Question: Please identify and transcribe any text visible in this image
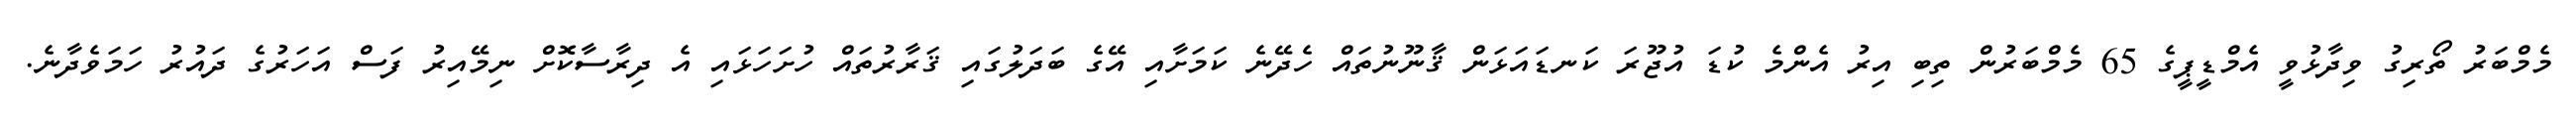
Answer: މެމްބަރު ތޯރިގު ވިދާޅުވީ އެމްޑީޕީގެ 65 މެމްބަރުން ތިބި އިރު އެންމެ ކުޑަ އުޖޫރަ ކަނޑައަޅަން ޤާނޫނުތައް ހެދޭނެ ކަމަށާއި އޭގެ ބަދަލުގައި ޤަރާރުތައް ހުށަހަޅައި އެ ދިރާސާކޮށް ނިމޭއިރު ފަސް އަހަރުގެ ދައުރު ހަމަވެދާނެ.